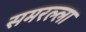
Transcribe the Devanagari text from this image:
समरल्ला